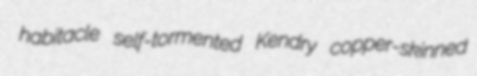
habitacle self-tormented Kendry copper-skinned